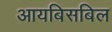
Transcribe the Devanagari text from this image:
आयबिसबिल